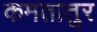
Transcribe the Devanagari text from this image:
कमतातुर